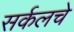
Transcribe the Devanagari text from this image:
सर्कलचे